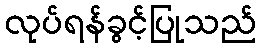
လုပ်ရန်ခွင့်ပြုသည်